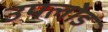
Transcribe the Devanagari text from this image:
उपलोड